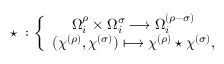
\star \; : \left\{ \begin{array} { c } { { \Omega _ { i } ^ { \rho } \times \Omega _ { i } ^ { \sigma } \longrightarrow \Omega _ { i } ^ { ( \rho - \sigma ) } } } \\ { { ( \chi ^ { ( \rho ) } , \chi ^ { ( \sigma ) } ) \longmapsto \chi ^ { ( \rho ) } \star \chi ^ { ( \sigma ) } , } } \end{array} \right.